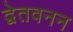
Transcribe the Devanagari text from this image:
द्वेतवनन